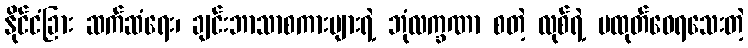
နိုင်ငံခြား ဆက်ဆံရေး၊ ချင်းဘာသာစကားများရဲ့ ဘုံလက္ခဏာ စတဲ့ လုစ်ရဲ့ မထုတ်ဝေရသေးတဲ့